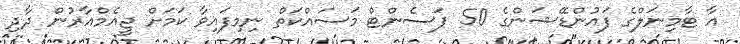
އާ ޓާމިނަލްގެ ފައުންޑޭޝަންގެ 50 ޕަސެންޓް މަސައްކަތް ނިމިފައިވާ ކަމަށް ޖީއެމްއާރުން ދާދި